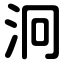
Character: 泂